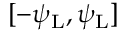
[ - \psi _ { \mathrm { L } } , \psi _ { \mathrm { L } } ]